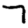
Digit: 7